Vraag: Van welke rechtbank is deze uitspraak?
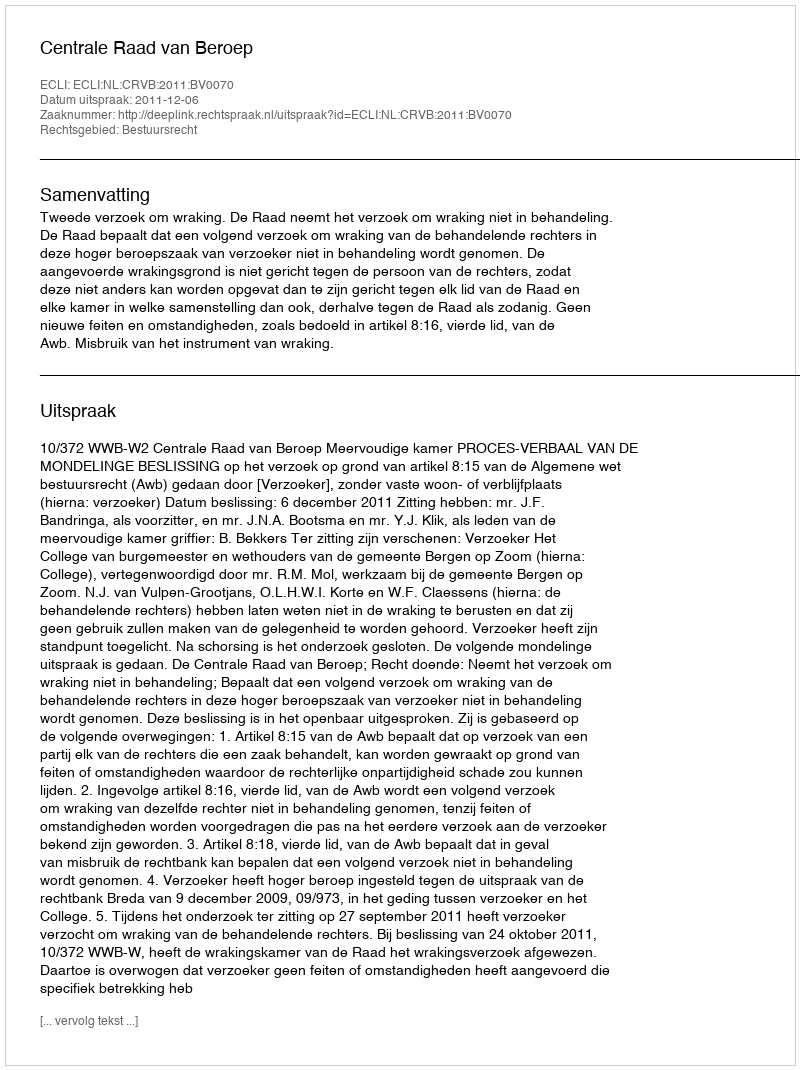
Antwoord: Centrale Raad van Beroep